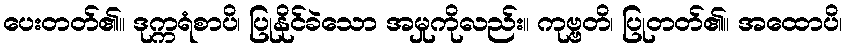
ပေးတတ်၏။ ဒုက္ကရံစာပိ၊ ပြုနိုင်ခဲသော အမှုကိုလည်း။ ကုဗ္ဗတိ၊ ပြုတတ်၏။ အထောပိ၊